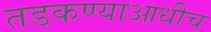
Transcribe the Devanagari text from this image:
तडकण्याआधीच